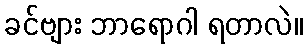
ခင်ဗျား ဘာရောဂါ ရတာလဲ။